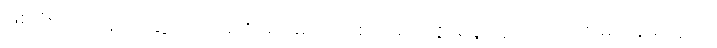
ဖြစ်ပြီးသော မိတ်ဆွေကောင်းကို မိတ်မပျက်စေရ၊ ကျေးဇူး ရှိဖူးသူကို ကျေးဇူးမကန်းရဟူလို။